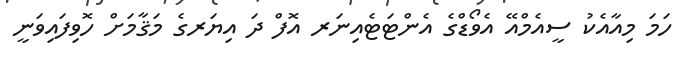
ހަމަ މިއާއެކު ސީއެމްއޭ އެވޯޑްގެ އެންޓަޓެއިނަރ އޮފް ދަ އިޔަރގެ މަޤާމަށް ހޮވިފައިވަނީ